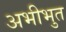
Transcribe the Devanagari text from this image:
अभीभुत